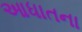
આધાતના